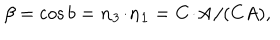
LaTeX: \beta = \cos { b } = { \bf n _ { 3 } \! \cdot \! n _ { 1 } } = { \bf C \! \cdot \! A } / ( C A ) ,